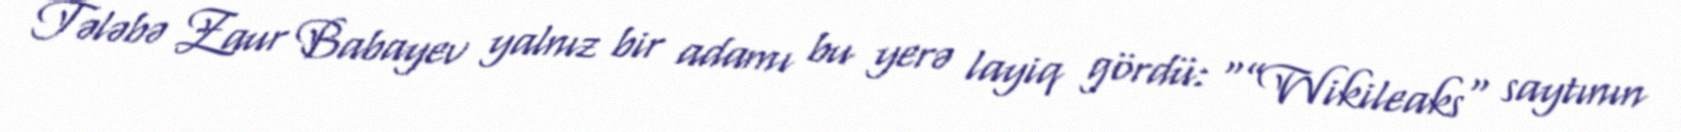
Tələbə Zaur Babayev yalnız bir adamı bu yerə layiq gördü: “”Wikileaks" saytının